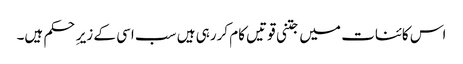
اس کائنات میں جتنی قوتیں کام کررہی ہیں سب اسی کے زیرِ حکم ہیں۔